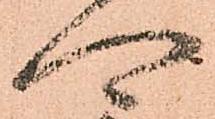
可